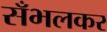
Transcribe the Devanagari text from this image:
सँभलकर